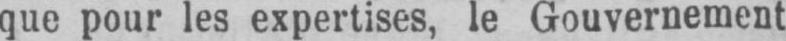
que pour les expertises, le Gouvernement